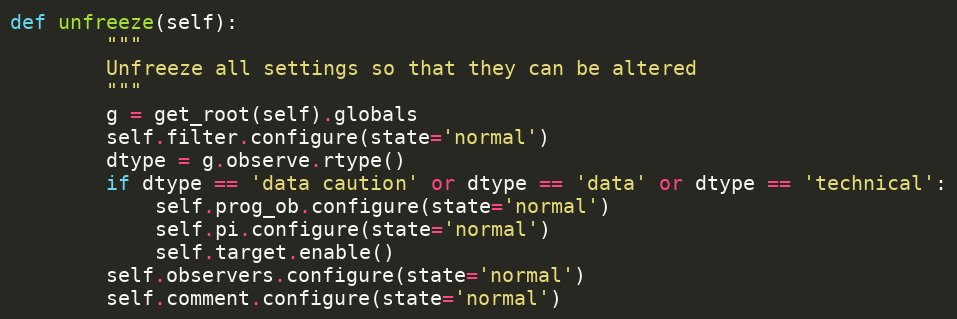
Language: Python
def unfreeze(self):
        """
        Unfreeze all settings so that they can be altered
        """
        g = get_root(self).globals
        self.filter.configure(state='normal')
        dtype = g.observe.rtype()
        if dtype == 'data caution' or dtype == 'data' or dtype == 'technical':
            self.prog_ob.configure(state='normal')
            self.pi.configure(state='normal')
            self.target.enable()
        self.observers.configure(state='normal')
        self.comment.configure(state='normal')